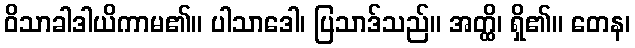
ဝိသာခါဒါယိကာမ၏။ ပါသာဒေါ၊ ပြသာဒ်သည်။ အတ္ထိ၊ ရှိ၏။ တေန၊